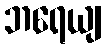
ဘရေယျ